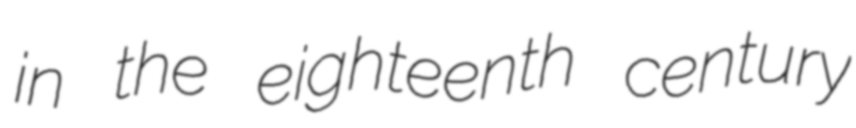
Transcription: in the eighteenth century